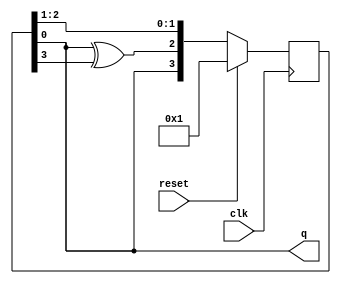
module lfsr(input clk, 
	    input  reset, 
	    output q);   
   reg [3:0]	   r1;
   wire [3:0]	   nextr1;

  always @(posedge clk)
    if (reset)
      r1 <= 4'b1;
    else
      r1 <= nextr1;
   
   assign nextr1 = {r1[0],r1[0]^r1[3],r1[2],r1[1]};   
   assign q = r1[0];
   
endmodule